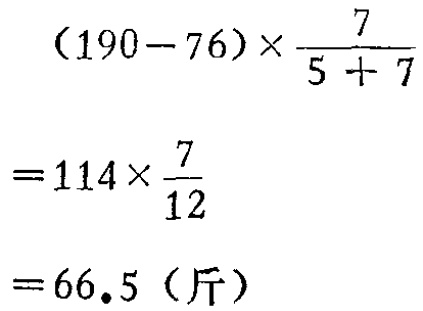
\((190 - 76)\times\frac{7}{5 + 7}\\
= 114\times\frac{7}{12}\\
= 66.5 \text{（斤）}\)